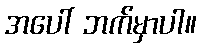
အပေါ် ဘက်မှာပါ။